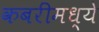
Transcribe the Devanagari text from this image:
कबरींमध्ये